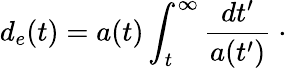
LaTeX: d_{e}(t)=a(t)\int_{t}^{\infty}\frac{dt^{\prime}}{a(t^{\prime})}~\cdot